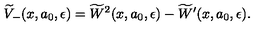
\widetilde { V } _ { - } ( x , a _ { 0 } , \epsilon ) = \widetilde { W } ^ { 2 } ( x , a _ { 0 } , \epsilon ) - \widetilde { W } ^ { \prime } ( x , a _ { 0 } , \epsilon ) .